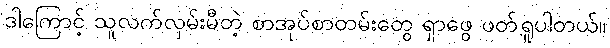
ဒါကြောင့် သူလက်လှမ်းမီတဲ့ စာအုပ်စာတမ်းတွေ ရှာဖွေ ဖတ်ရှုပါတယ်။